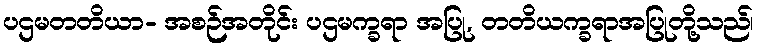
ပဌမတတိယာ- အစဉ်အတိုင်း ပဌမက္ခရာ အပြု, တတိယက္ခရာအပြုတို့သည်၊